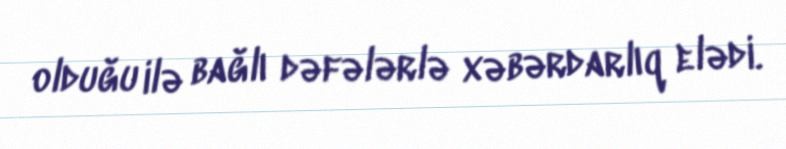
olduğu ilə bağlı dəfələrlə xəbərdarlıq elədi.